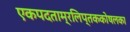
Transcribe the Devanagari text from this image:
एकपदताम्रलिप्तककोषलका